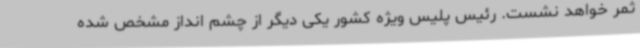
ثمر خواهد نشست. رئیس پلیس ویژه کشور یکی دیگر از چشم انداز مشخص شده